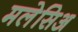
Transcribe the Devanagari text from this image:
मलेसिअ